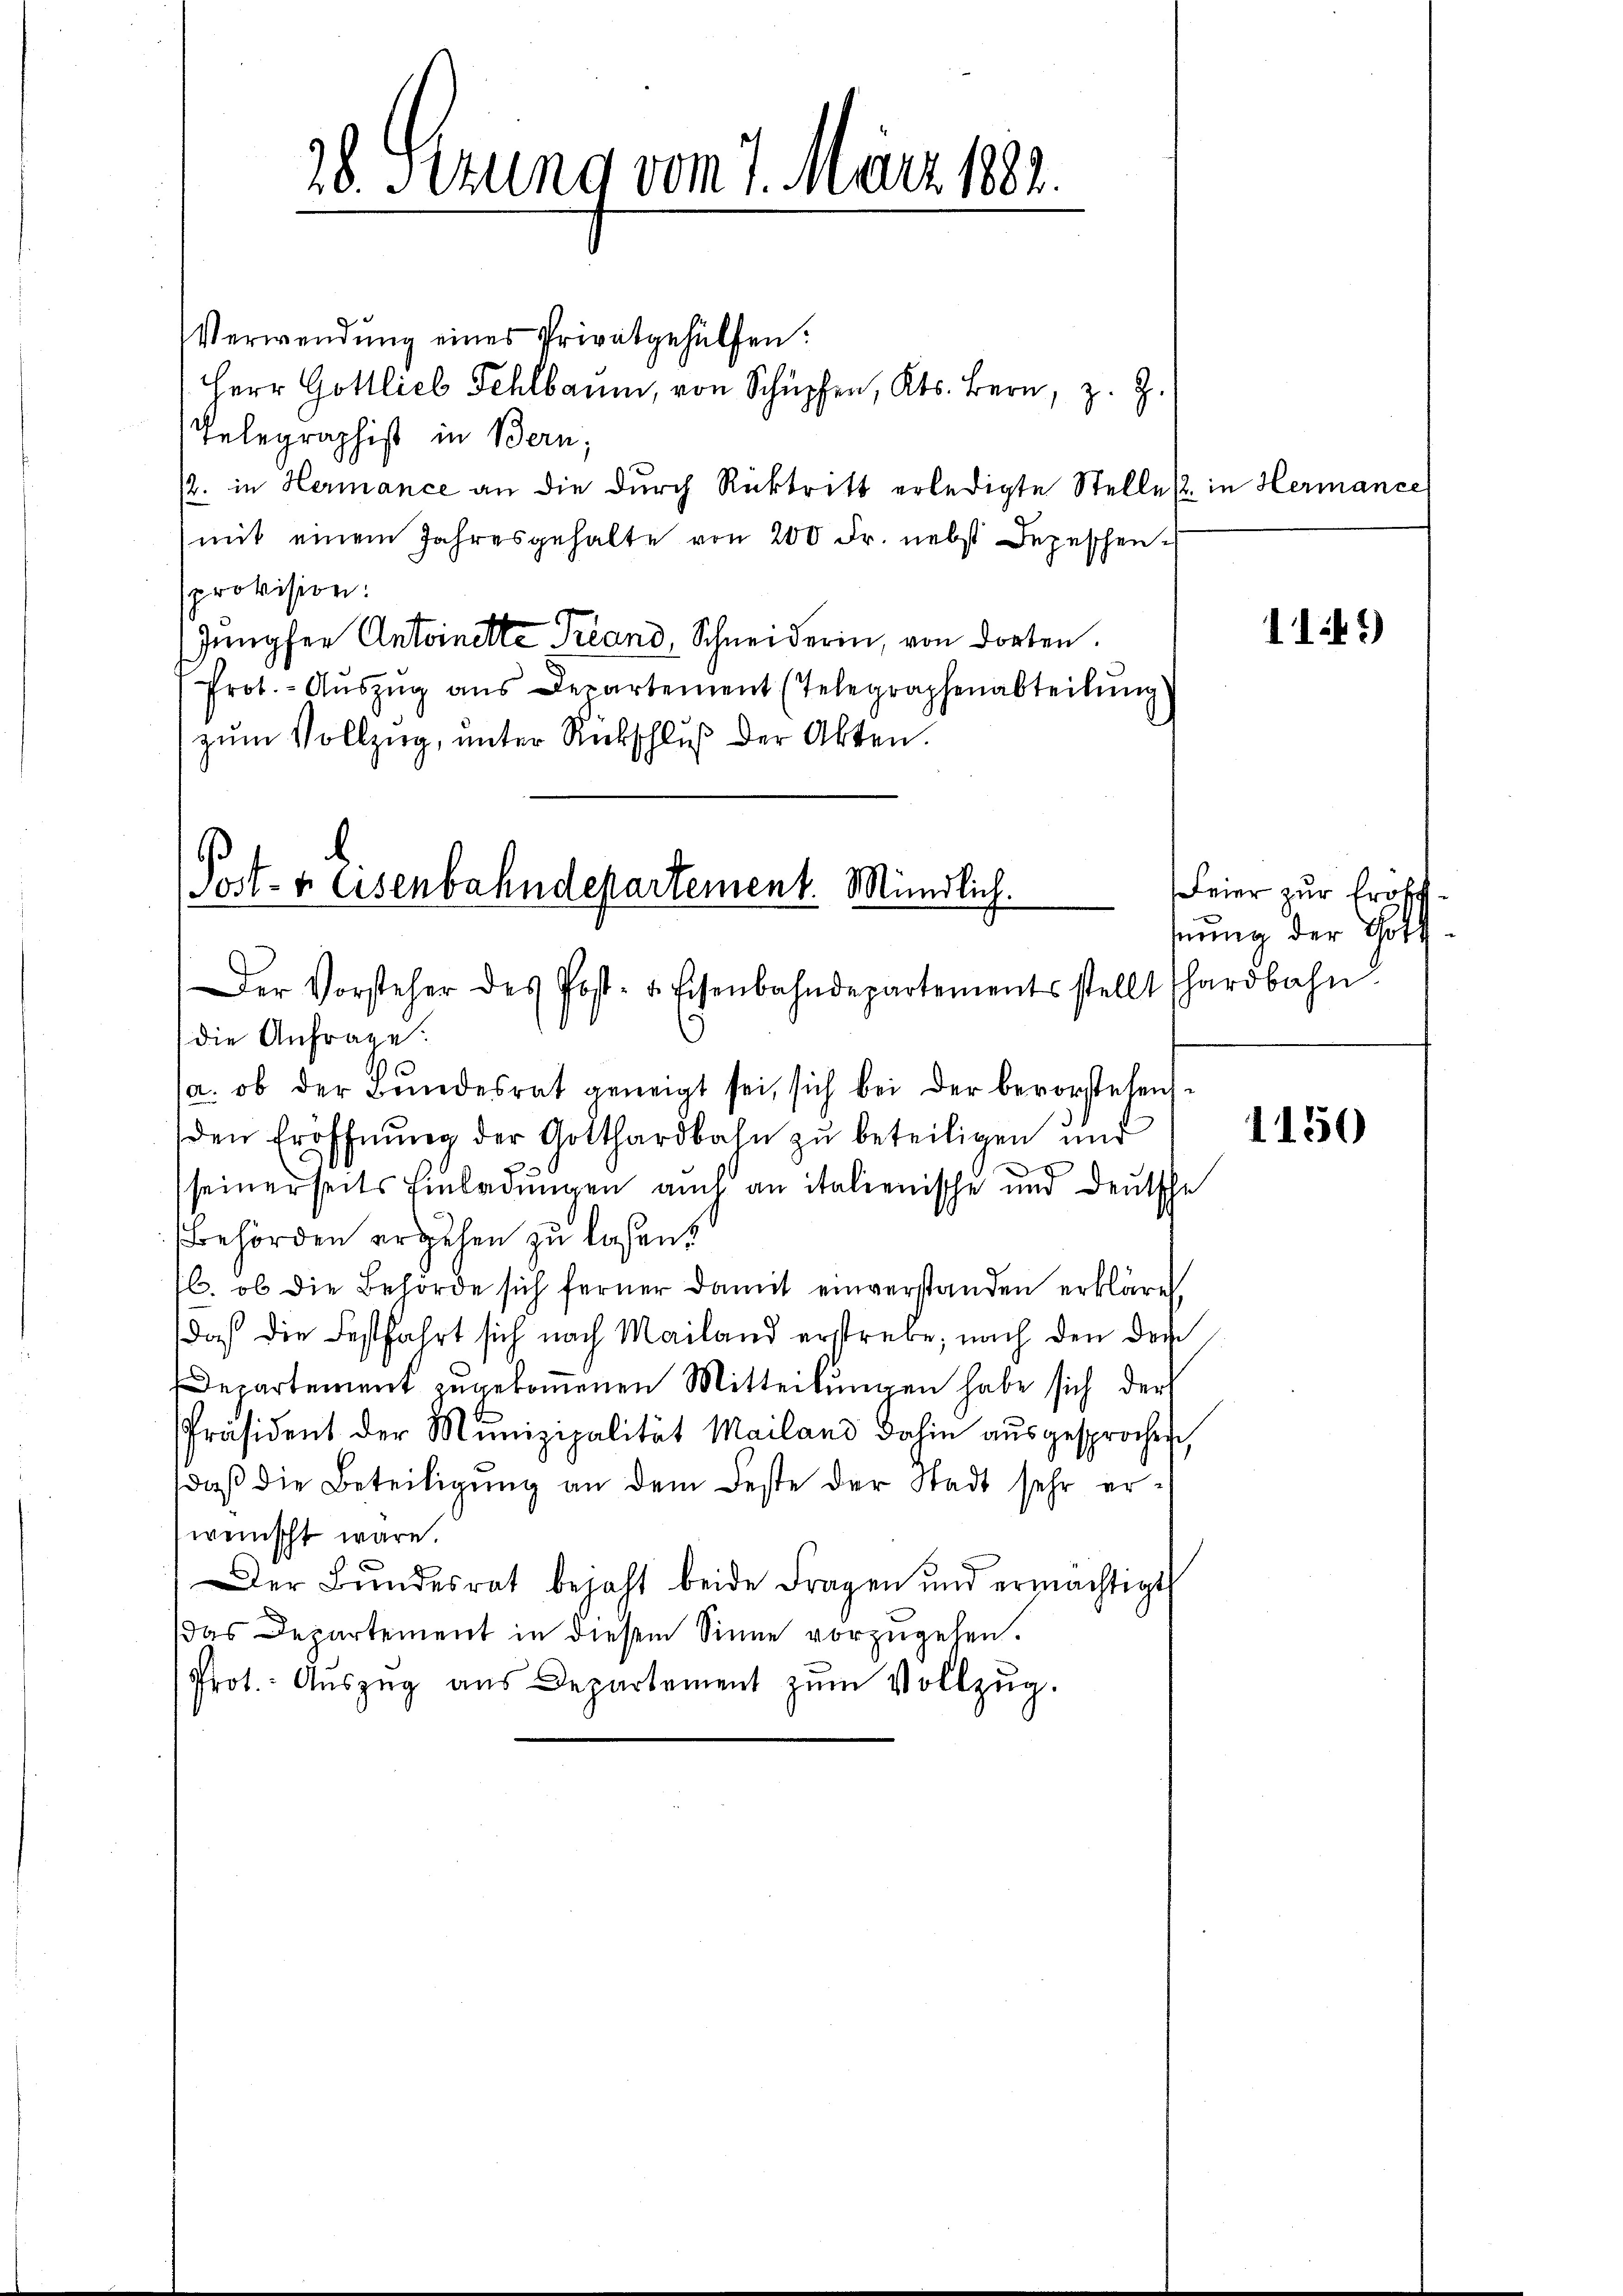
28. Sezung vom 7. März 182.

Verwendung eines Privatgehülfen:
Herr Gottlich Fehlbaum, von Schüpfen, Kts. Bern, z. Z.
Telegraphist in Bern,
/2. in Hermance an die durch Rücktritt erledigte Stelles in Hermance
mit einem Jahresgehalte von 200 Fr. nebst Depeschen
sprovision.
Jungfer Antoinette Treand, Schneiderin, von dorten.
Prot.- Aŭszŭg ans Departement (Telegraphenabteilŭng
zŭm Vollzŭg, ŭnter Rückschlŭβ der Akten.

Post- u. Eisenbahndepartement. Mündlich.
Der Vorsteher des Post- u. Eisenbahndepartements stellt hardbahn.

die Anfrage:
s
(a. ob der Bundesrat geneigt sei, sich bei der bevorstehens
den Eröffnŭng der Gotthardbahn zu beteiligen und
seinerseits Einladungen auch an italienische und Deutsche
Behörden ergehen zu laßen.
l. ob die Behörde sich ferner damit einverstanden erkläret,
daß die Festfahrt sich nach Mailand erstrebe, nach den der
Departement zugekommenen Mitteilungen habe sich der
Präsident der Munizipalität Mailand dahin aŭsgesprochen,
daβ die Beteiligung an dem Feste der Stadt sehr erwünscht wäre.
Der Bŭndesrat bejaht beide Fragen und ermächtigt
das Departement in diesem Sinne vorzugehen.
Prot. Aŭszŭg aŭs Departement zŭm Vollzug.

1145)

Feier zur Fröhl
hnung der Gott

1150